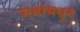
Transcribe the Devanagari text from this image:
जत्रांमधून